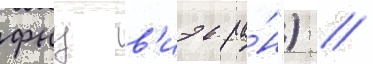
фнц в'иэв ра́н") //